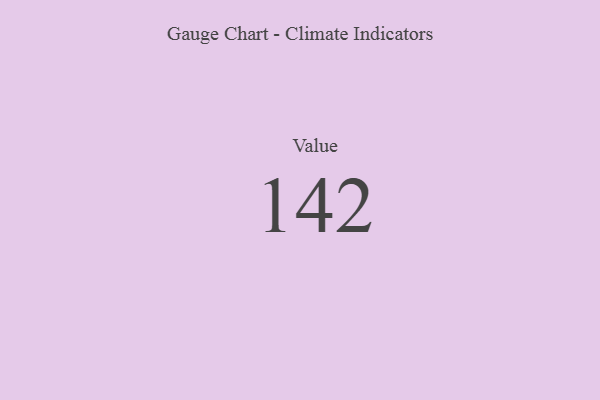
{"axis": {"x": "Metric", "y": "Value"}, "legend": [""], "data": [{"x": "Value", "y": 142, "type": ""}]}